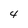
Character: 4